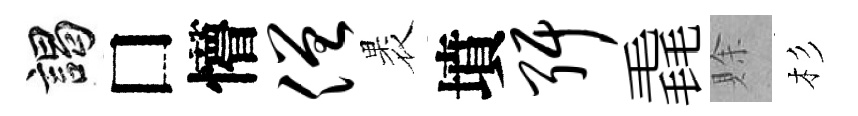
謁□懵僧褁墳弭毳賖杉